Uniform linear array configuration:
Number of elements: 32
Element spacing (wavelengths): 1
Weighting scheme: blackman
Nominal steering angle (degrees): -45
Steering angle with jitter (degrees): -46.752
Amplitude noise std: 0.05
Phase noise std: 0.05

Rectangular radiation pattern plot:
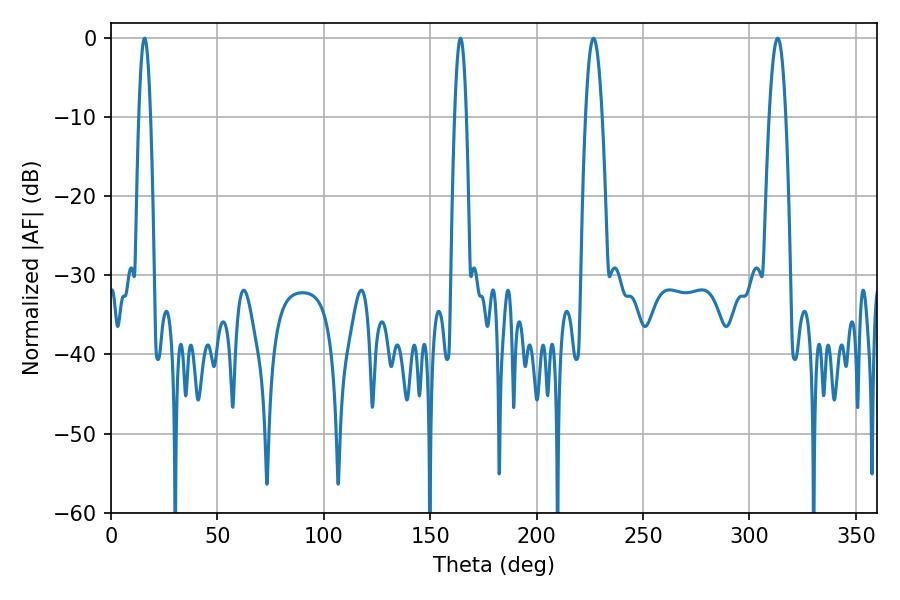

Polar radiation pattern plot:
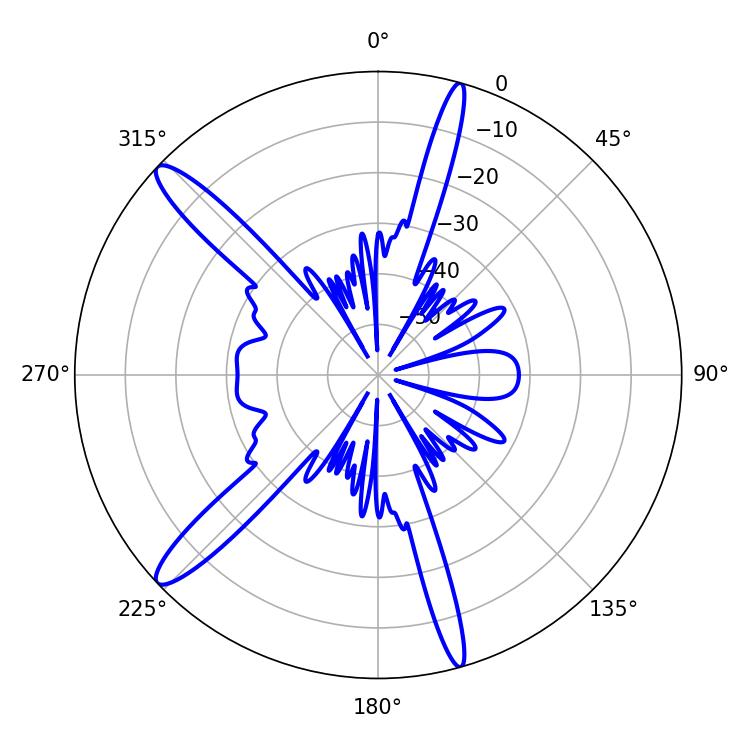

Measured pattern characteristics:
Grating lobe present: TRUE
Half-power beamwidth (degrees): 4.32
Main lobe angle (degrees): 226.8